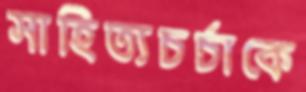
সাহিত্যচর্চাকে